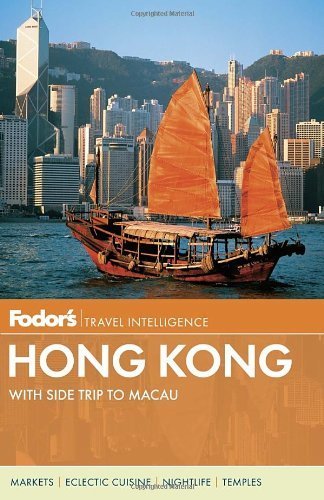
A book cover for Fodor's Hong Kong: with a Side Trip to Macau (Full-color Travel Guide) 23 Pap/Map by Fodor's (2013) Paperback; Travel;